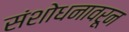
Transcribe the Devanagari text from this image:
संशोधनावरून